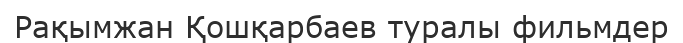
Рақымжан Қошқарбаев туралы фильмдер